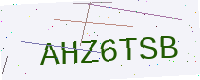
Text: AHZ6TSB